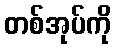
တစ်အုပ်ကို